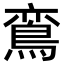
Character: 鵉